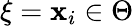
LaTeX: {\mathbf\xi}=\mathbf{x}_{i}\in\Theta